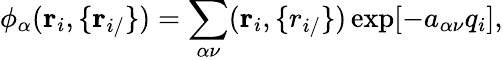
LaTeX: \phi_{\alpha}(\mathbf r_{i},\{ \mathbf r_{i/}\} )=\sum_{\alpha\nu}(\mathbf r_{i},\mathbf\{ r_{i/}\} )\exp[-a_{\alpha\nu}q_{i}],